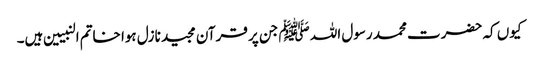
کیوں کہ حضرت محمد رسول اللہ ﷺ جن پر قرآن مجید نازل ہوا خاتم النبیین ہیں۔